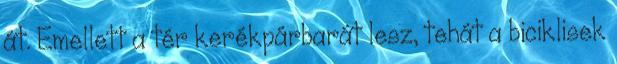
át. Emellett a tér kerékpárbarát lesz, tehát a biciklisek